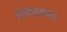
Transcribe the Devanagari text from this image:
माणगावच्या